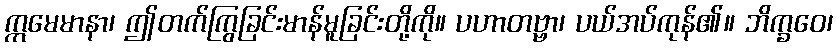
ဣမေမာနာ၊ ဤတက်ကြွခြင်းမာန်မူခြင်းတို့ကို။ ပဟာတဗ္ဗာ၊ ပယ်အပ်ကုန်၏။ ဘိက္ခဝေ၊